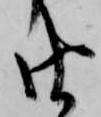
由